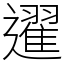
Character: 䢰